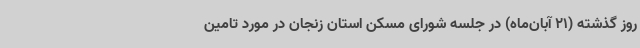
روز گذشته (21 آبان‌ماه) در جلسه شورای مسکن استان زنجان در مورد تامین